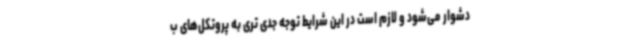
دشوار می‌شود و لازم است در این شرایط توجه جدی تری به پروتکل‌های ب